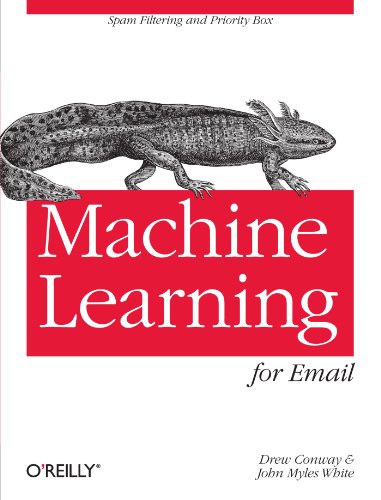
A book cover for Machine Learning for Email: Spam Filtering and Priority Inbox; Drew Conway; Computers & Technology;